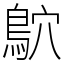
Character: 鴥